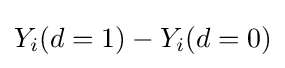
Y_{i}(d=1)-Y_{i}(d=0)